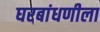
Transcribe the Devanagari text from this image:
घरबांधणीला